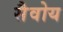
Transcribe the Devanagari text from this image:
सैवोय